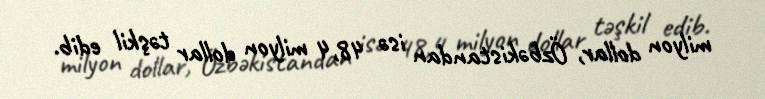
milyon dollar, Özbəkistandan isə 48,4 milyon dollar təşkil edib.